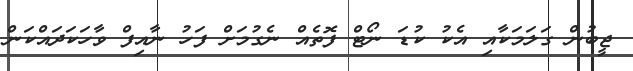
ޖީބުން ގަލަމަކާއި އެކު ކުޑަ ނޯޓް ފޮތެއް ނެގުމަށް ފަހު ނާއިފް ވާހަކަދައްކަން